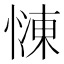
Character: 𢟞